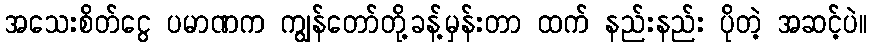
အသေးစိတ်ငွေ ပမာဏက ကျွန်တော်တို့ခန့်မှန်းတာ ထက် နည်းနည်း ပိုတဲ့ အဆင့်ပဲ။